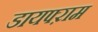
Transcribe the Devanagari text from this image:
डायफ्ऱाम